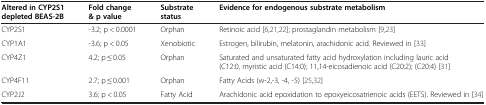
| Altered in CYP2S1 depleted BEAS-2B | Fold change & p value | Substrate status | Evidence for endogenous substrate metabolism |
 | --- | --- | --- | --- |
 | CYP2S1 | -3.2; p < 0.0001 | Orphan | Retinoic acid [6,21,22]; prostaglandin metabolism [9,23] |
 | CYP1A1 | -3.6; p < 0.05 | Xenobiotic | Estrogen, bilirubin, melatonin, arachidonic acid. Reviewed in [33] |
 | CYP4Z1 | 4.2; p ≤ 0.05 | Orphan | Saturated and unsaturated fatty acid hydroxylation including lauric acid (C12:0, myristic acid (C14:0); 11,14-eicosadienoic acid (C20:2); (C20:4) [31] |
 | CYP4F11 | 2.7; p ≤ 0.001 | Orphan | Fatty Acids (w-2,-3, -4, -5) [25,32] |
 | CYP2J2 | 3.6; p < 0.05 | Fatty Acid | Arachidonic acid epoxidation to epoxyeicosatrienoic acids (EETS). Reviewed in [34] |